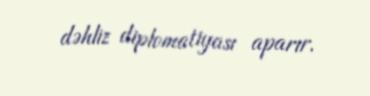
dəhliz diplomatiyası aparır.